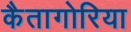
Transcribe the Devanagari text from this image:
कैतागोरिया